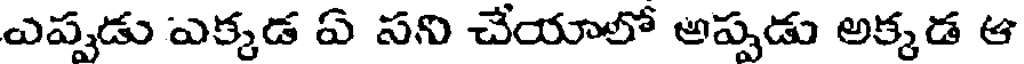
ఎప్పుడు ఎక్కడ ఏ సని చేయాలో అప్పడు అక్కడ ఆ